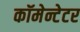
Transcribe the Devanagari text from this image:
कॉमेन्टेटर